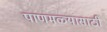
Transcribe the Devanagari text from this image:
पाणमळ्यासाठी